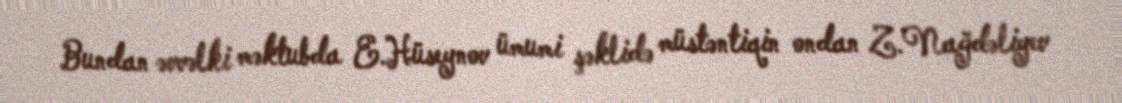
Bundan əvvəlki məktubda E.Hüseynov ümumi şəklidə müstəntiqin ondan Z.Nağdəliyev